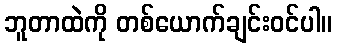
ဘူတာထဲကို တစ်ယောက်ချင်းဝင်ပါ။